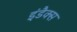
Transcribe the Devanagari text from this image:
इंडैक्स